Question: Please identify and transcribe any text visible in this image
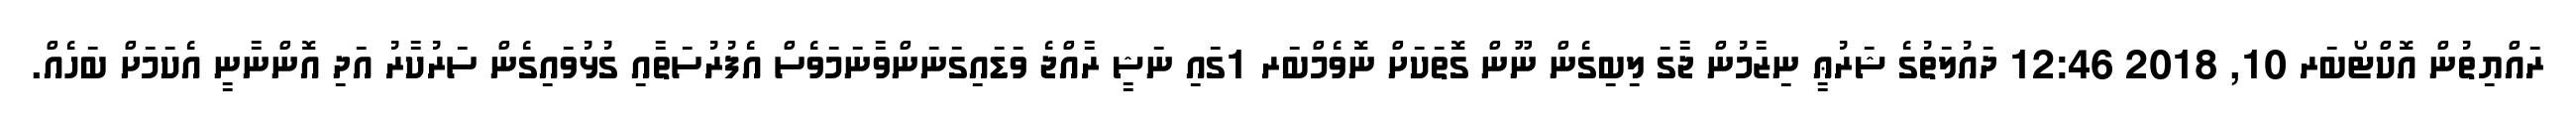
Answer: ރައްޔިތުން އޮކްޓޯބަރ 10, 2018 12:46 ދައުލަތުގެ ޝަރުޢީ ނިޒާމުން ޖާގަ ލިބިގެން ނޫން ގޮތަކަށް ނޮވެމްބަރ 1ގައި ނަޝީ ރާއްޖެ ވަޑައިގަނަންވާނަމަވެސް އެފުރުސަތާއި ގުޅުވައިގެން ސަރުކާރު އަދި އޮންނާނީ އެކަމަށް ބަހެއް.